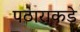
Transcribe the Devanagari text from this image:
पठाराकडे